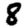
Digit: 8